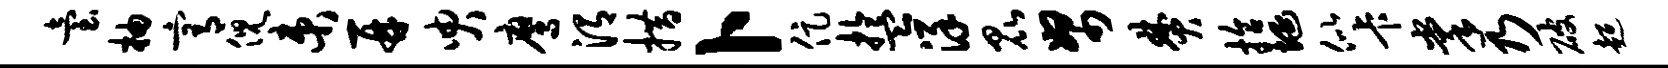
台柚宥倪束再臾鹰渭措卜促盂详昆帑焚拾埏似卡掌乃破超